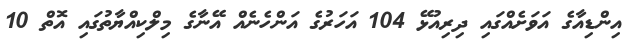
އިންޑިއާގެ އަވަށެއްގައި ދިރިއުޅޭ 104 އަހަރުގެ އަންހެނެއް އޭނާގެ މިލްކިއްޔާތުގައި އޮތް 10